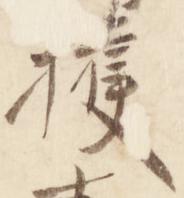
獲